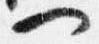
一